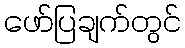
ဖော်ပြချက်တွင်